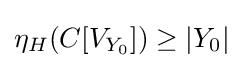
\eta _{H}(C[V_{Y_{0}}])\geq |Y_{0}|